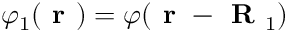
\varphi _ { 1 } ( \textbf { r } ) = \varphi ( \textbf { r } - \textbf { R } _ { 1 } )